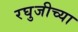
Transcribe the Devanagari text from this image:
रघुजीच्या